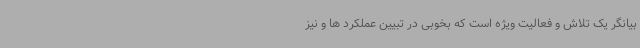
بیانگر یک تلاش و فعالیت ویژه است که بخوبی در تبیین عملکرد ها و نیز